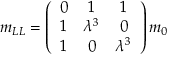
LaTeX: m _ { L L } = \left( \begin{array} { c c c } { { 0 } } & { { 1 } } & { { 1 } } \\ { { 1 } } & { { \lambda ^ { 3 } } } & { { 0 } } \\ { { 1 } } & { { 0 } } & { { \lambda ^ { 3 } } } \end{array} \right) m _ { 0 }